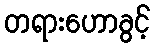
တရားဟောခွင့်